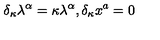
\delta _ { \kappa } \lambda ^ { \alpha } = \kappa \lambda ^ { \alpha } , \delta _ { \kappa } x ^ { a } = 0